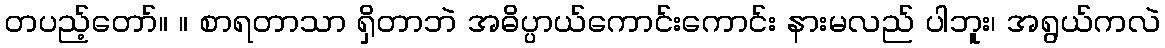
တပည့်တော်။ ။ စာရတာသာ ရှိတာဘဲ အဓိပ္ပာယ်ကောင်းကောင်း နားမလည် ပါဘူး၊ အရွယ်ကလဲ